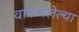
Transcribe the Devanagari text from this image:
वाफवलेल्या